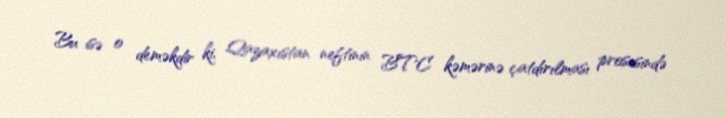
Bu isə o deməkdir ki, Qazaxıstan neftinin BTC kəmərinə çatdırılması prosesində